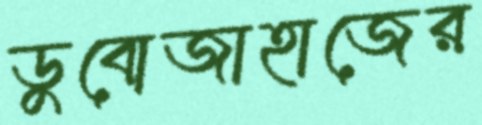
ডুবোজাহাজের